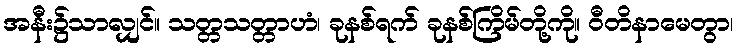
အနီး၌သာလျှင်။ သတ္တသတ္တာဟံ၊ ခုနစ်ရက် ခုနစ်ကြိမ်တို့ကို။ ဝီတိနာမေတွာ၊